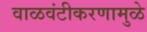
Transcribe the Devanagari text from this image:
वाळवंटीकरणामुळे